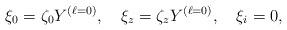
LaTeX: \begin{align*}\xi_0 =\zeta_0 Y^{(\ell=0)}, \quad \xi_z =\zeta_z Y^{(\ell=0)}, \quad\xi_i =0,\end{align*}